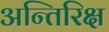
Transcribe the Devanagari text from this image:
अन्तिरिक्ष